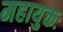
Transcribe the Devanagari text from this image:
महायुक्तः